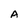
Character: A